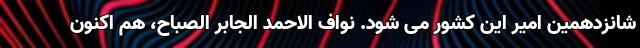
شانزدهمین امیر این کشور می شود. نواف الاحمد الجابر الصباح، هم اکنون